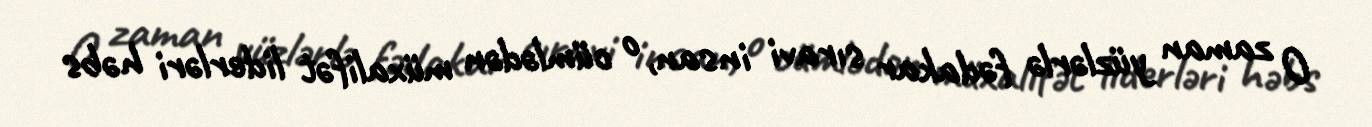
O zaman yüzlərlə fədakar sıravi insan, o cümlədən müxalifət liderləri həbs